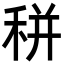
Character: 𥞩